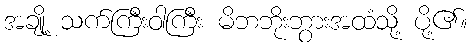
အချို့ သက်ကြီးဝါကြီး မိဘဘိုးဘွားအထံသို့ ပို့၏။